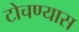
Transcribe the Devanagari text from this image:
टोचण्यास